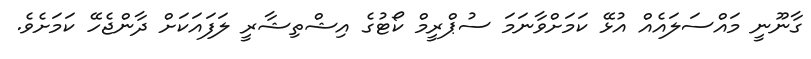
ގާނޫނީ މައްސަލައެއް އުޅޭ ކަމަށްވާނަމަ ސުޕްރީމް ކޯޓުގެ އިޝްތިޝާރީ ލަފައަކަށް ދާންޖެހޭ ކަމަށެވެ.